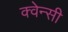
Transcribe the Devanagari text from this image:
क्वेन्सी